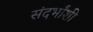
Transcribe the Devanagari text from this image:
संदर्भांशी